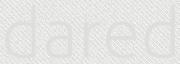
dared